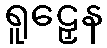
ရူဠှေန